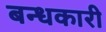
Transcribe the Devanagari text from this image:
बन्धकारी